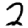
Digit: 2